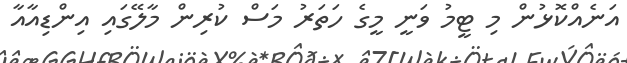
އަނެއްކޮޅުން މި ޓީމު ވަނީ މީގެ ހަތަރު މަސް ކުރިން މާލޭގައި އިންޑިއާއާ